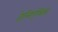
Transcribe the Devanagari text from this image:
हेलिएंथिस